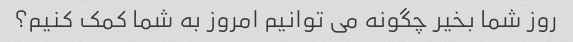
روز شما بخیر چگونه می توانیم امروز به شما کمک کنیم؟